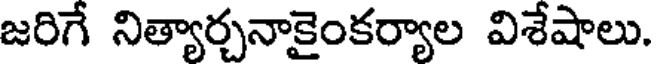
జరిగే నిత్యార్చనాకైంకర్యాల విశేషాలు.